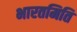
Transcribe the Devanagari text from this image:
भारतमिति